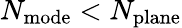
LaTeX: N_{\mathrm{mode}}<N_{\mathrm{plane}}